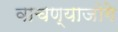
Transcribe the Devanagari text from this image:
वाचण्याजोगे